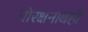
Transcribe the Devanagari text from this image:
गोरक्षनाथही